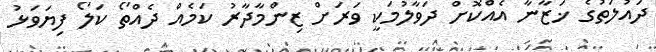
ދައުލަތުގެ ޚަޒާނާ އެއްކޮށް ދަވާލުމަކީ ވަރަށް ޒިންމާދާރު ކަމެއް ދެއްތޯ ކަލޯ ފިޔަވަޅު